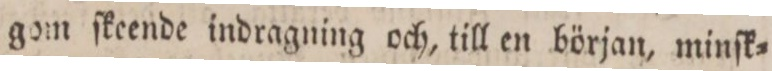
gom ſkeende indragning och, till en början, minſk=